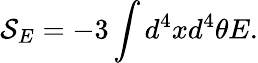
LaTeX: {\mathcal{S}}_{E}=-3\int{d^{4}xd^{4}\theta E}.